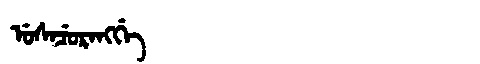
Manchu: ᡠᠰᠠᠴᡠᡵᠠᠩᡤᡝ
Romanization: USACURANGGE